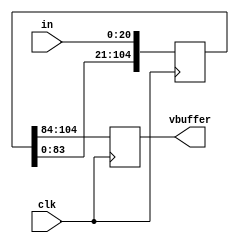
`timescale 1ns / 1ps
//////////////////////////////////////////////////////////////////////////////////
// Company: 
// Engineer: 
// 
// Design Name: 
// Module Name: buffer
// Project Name: 
// Target Devices: 
// Tool Versions: 
// Description: 
// 
// Dependencies: 
// 
// Revision:
// Revision 0.01 - File Created
// Additional Comments:
// 
//////////////////////////////////////////////////////////////////////////////////


module buffer(
    input [20:0] in,
    input clk, 
    output reg signed [20:0] vbuffer
    );

   reg signed [104:0]b;
   always @(posedge clk)
    begin
        vbuffer = b[104:84];
        b[104:21] = b[83:0];
        b[20:0] = in;
    end
endmodule